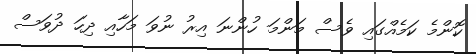
ކޮންމެ ކަމެއްގައި ވެސް މަންމަ ހުންނަ އިރު ނުވަ މަހާއި ދިހަ ދުވަސް